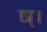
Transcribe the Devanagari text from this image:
ष्।